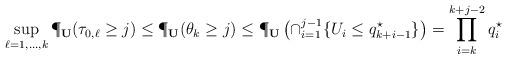
LaTeX: \begin{align*}\sup_{\ell=1,\ldots,k}\P_{\bf U}(\tau_{0,\ell}\ge j)\leq \P_{\bf U}({\theta_k}\ge j)\le \P_{\bf U}\left(\cap_{i=1}^{j-1}\{U_i\le q^\star_{k+i-1}\}\right)=\prod_{i=k}^{k+j-2}q_i^\star\end{align*}